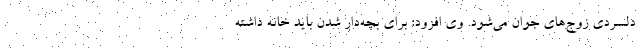
دلسردی زوج‌های جوان می‌شود. وی افزود: برای بچه‌دار شدن باید خانه داشته